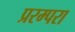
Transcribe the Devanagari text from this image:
प्ररम्परा